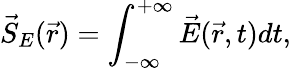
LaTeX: \vec{S}_{E}(\vec{r})=\int_{-\infty}^{+\infty}\vec{E}(\vec{r},t)dt,